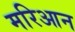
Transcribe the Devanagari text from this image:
मरिआन